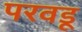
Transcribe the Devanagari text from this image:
परवडू